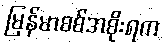
မြန်မာစစ်အစိုးရက